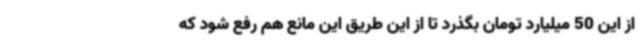
از این 50 میلیارد تومان بگذرد تا از این طریق این مانع هم رفع شود که